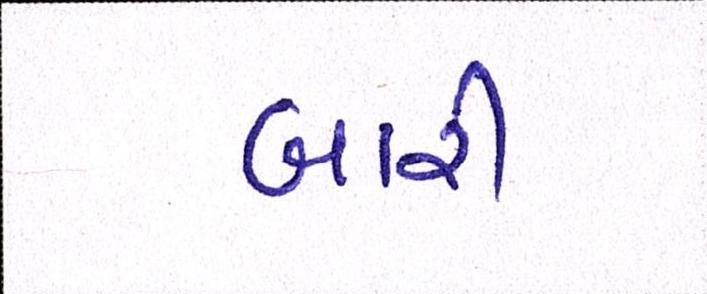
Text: બારી